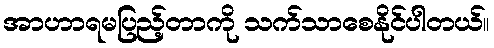
အာဟာရမပြည့်တာကို သက်သာစေနိုင်ပါတယ်။